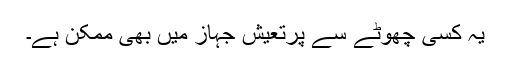
یہ کسی چھوٹے سے پرتعیش جہاز میں بھی ممکن ہے۔